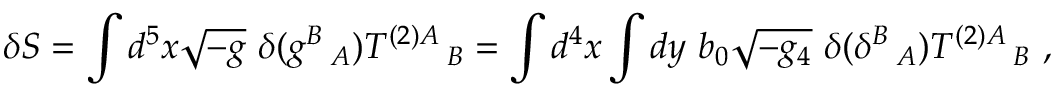
\delta S = \int d ^ { 5 } x \sqrt { - g } ~ \delta ( g ^ { B } \, _ { A } ) T ^ { ( 2 ) A } \, _ { B } = \int d ^ { 4 } x \int d y ~ b _ { 0 } \sqrt { - g _ { 4 } } ~ \delta ( \delta ^ { B } \, _ { A } ) T ^ { ( 2 ) A } \, _ { B } ~ ,